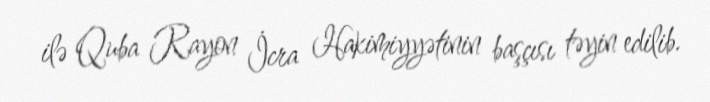
ilə Quba Rayon İcra Hakimiyyətinin başçısı təyin edilib.